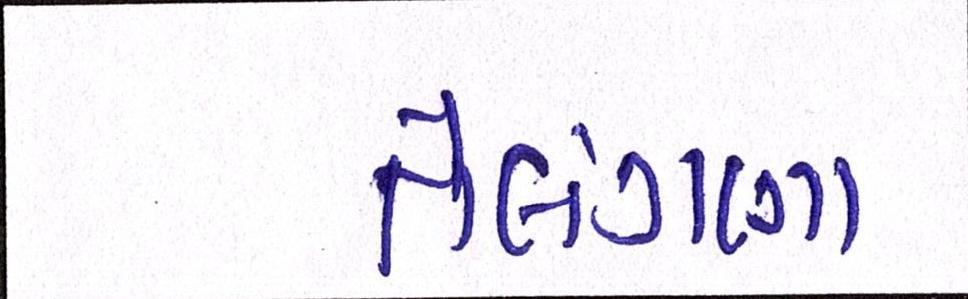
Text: તેલંગણા